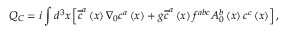
Q _ { C } = i \int d ^ { 3 } x \left[ \overline { { { c } } } ^ { a } \left( x \right) \nabla _ { 0 } c ^ { a } \left( x \right) + g \overline { { { c } } } ^ { a } \left( x \right) f ^ { a b c } A _ { 0 } ^ { b } \left( x \right) c ^ { c } \left( x \right) \right] ,